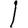
Digit: 1